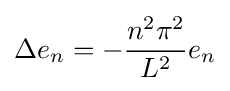
\Delta e_{n}=-{\frac {n^{2}\pi ^{2}}{L^{2}}}e_{n}